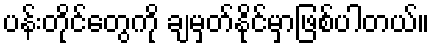
ပန်းတိုင်တွေကို ချမှတ်နိုင်မှာဖြစ်ပါတယ်။